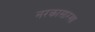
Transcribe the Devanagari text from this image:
नरकासारखा